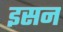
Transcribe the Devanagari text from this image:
इसन